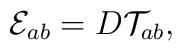
{\cal E}_{ab}=D{\cal T}_{ab},